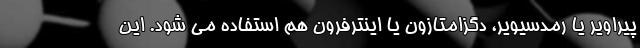
پیراویر یا رمدسیویر، دگزامتازون یا اینترفرون هم استفاده می شود. این